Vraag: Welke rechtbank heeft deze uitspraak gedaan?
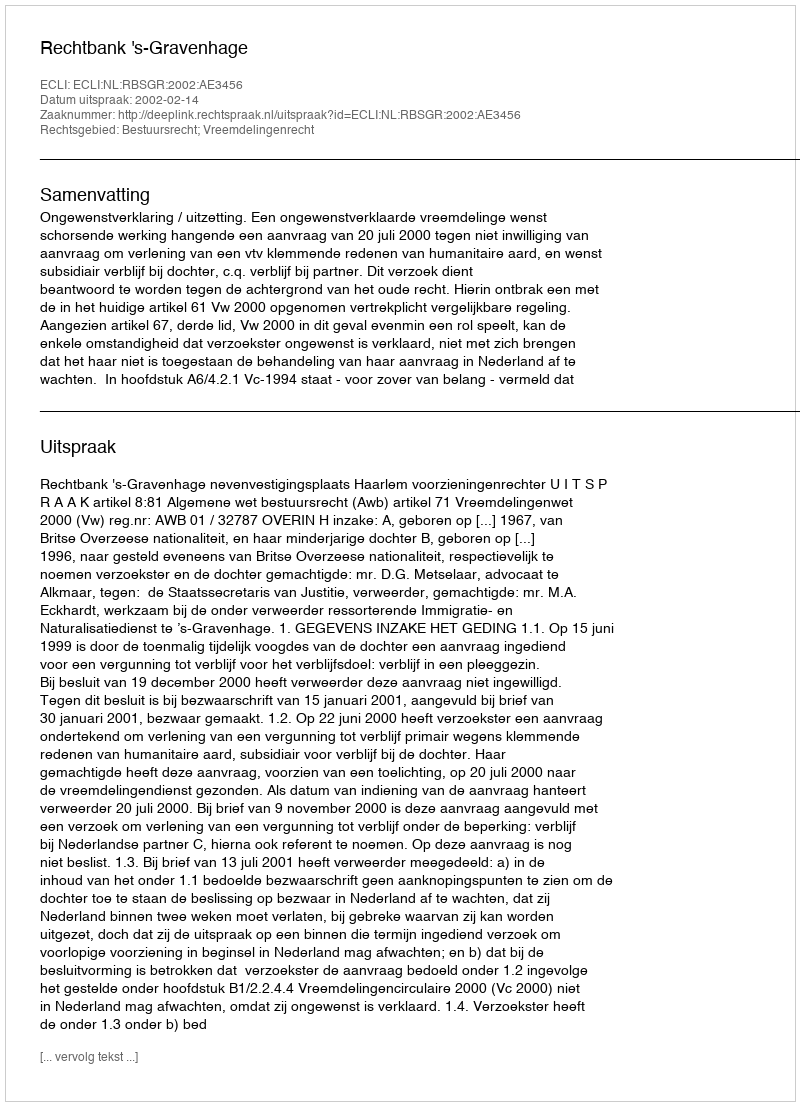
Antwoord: Rechtbank 's-Gravenhage